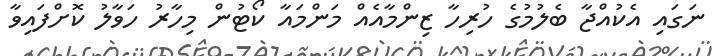
ނަގައި އެކުއްޖާ ބެލުމުގެ ހުރިހާ ޒިންމާއެއް މަންމައާ ކޯޓުން މިހާރު ހަވާލު ކޮށްފައިވާ